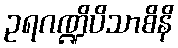
ဥရဂဏ္ဍိပိသာစိနိ